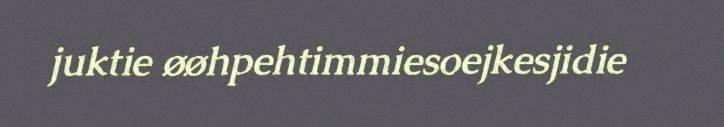
juktie øøhpehtimmiesoejkesjidie